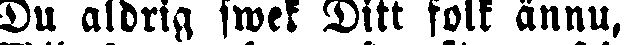
Du aldrig swek Ditt folk ännu,